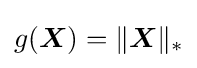
g({\boldsymbol {X}})=\|{\boldsymbol {X}}\|_{*}